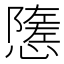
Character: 𢢠